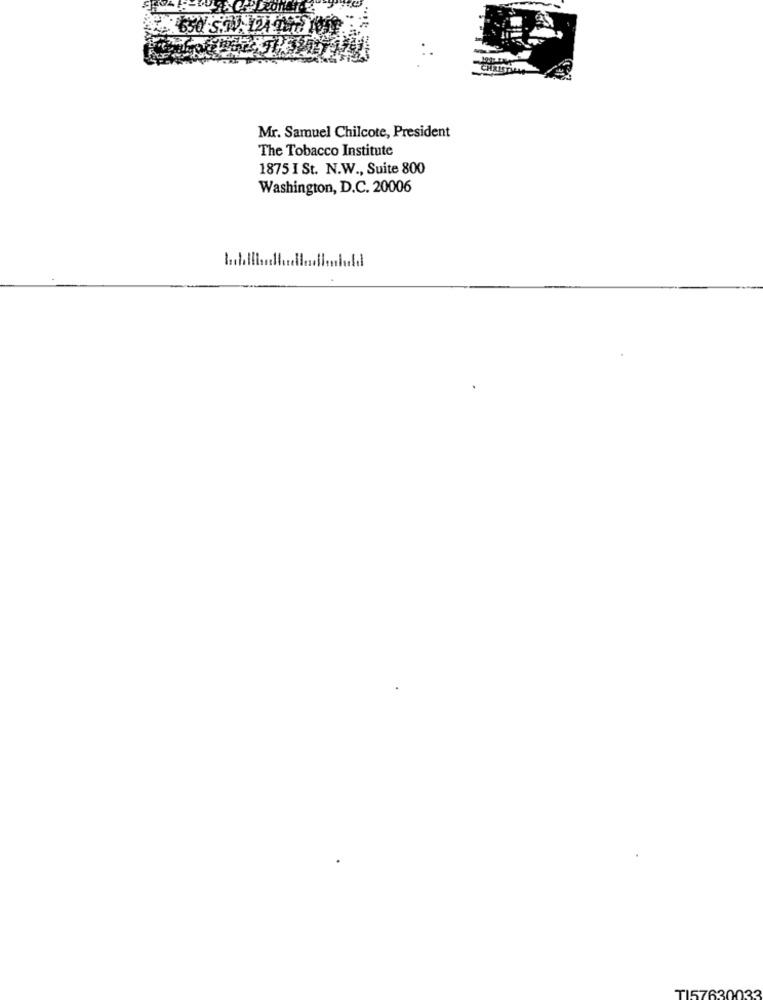
CHRISTIAN
Mr. Samuel Chilcote, President
The Tobacco Institute
1875 I St. N.W ., Suite 800
Washington, D.C. 20006
TI57630033